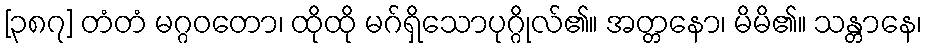
[၃၈၇] တံတံ မဂ္ဂဝတော၊ ထိုထို မဂ်ရှိသောပုဂ္ဂိုလ်၏။ အတ္တနော၊ မိမိ၏။ သန္တာနေ၊